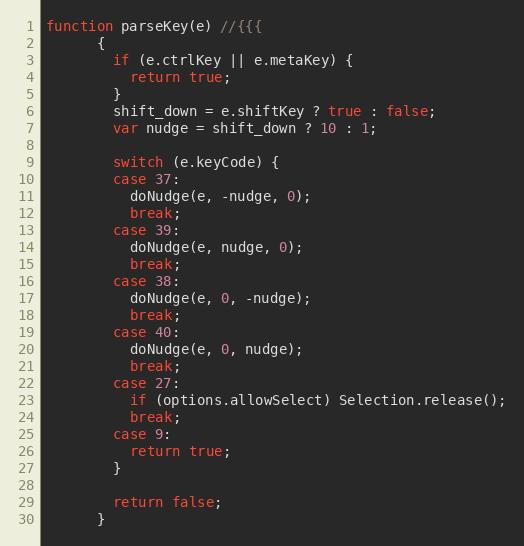
Language: JavaScript
function parseKey(e) //{{{
      {
        if (e.ctrlKey || e.metaKey) {
          return true;
        }
        shift_down = e.shiftKey ? true : false;
        var nudge = shift_down ? 10 : 1;

        switch (e.keyCode) {
        case 37:
          doNudge(e, -nudge, 0);
          break;
        case 39:
          doNudge(e, nudge, 0);
          break;
        case 38:
          doNudge(e, 0, -nudge);
          break;
        case 40:
          doNudge(e, 0, nudge);
          break;
        case 27:
          if (options.allowSelect) Selection.release();
          break;
        case 9:
          return true;
        }

        return false;
      }